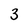
Character: 3